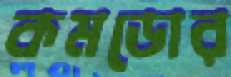
কমডোর